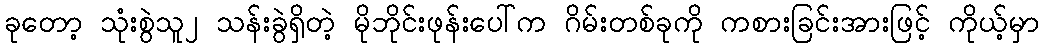
ခုတော့ သုံးစွဲသူ၂ သန်းခွဲရှိတဲ့ မိုဘိုင်းဖုန်းပေါ်က ဂိမ်းတစ်ခုကို ကစားခြင်းအားဖြင့် ကိုယ့်မှာ